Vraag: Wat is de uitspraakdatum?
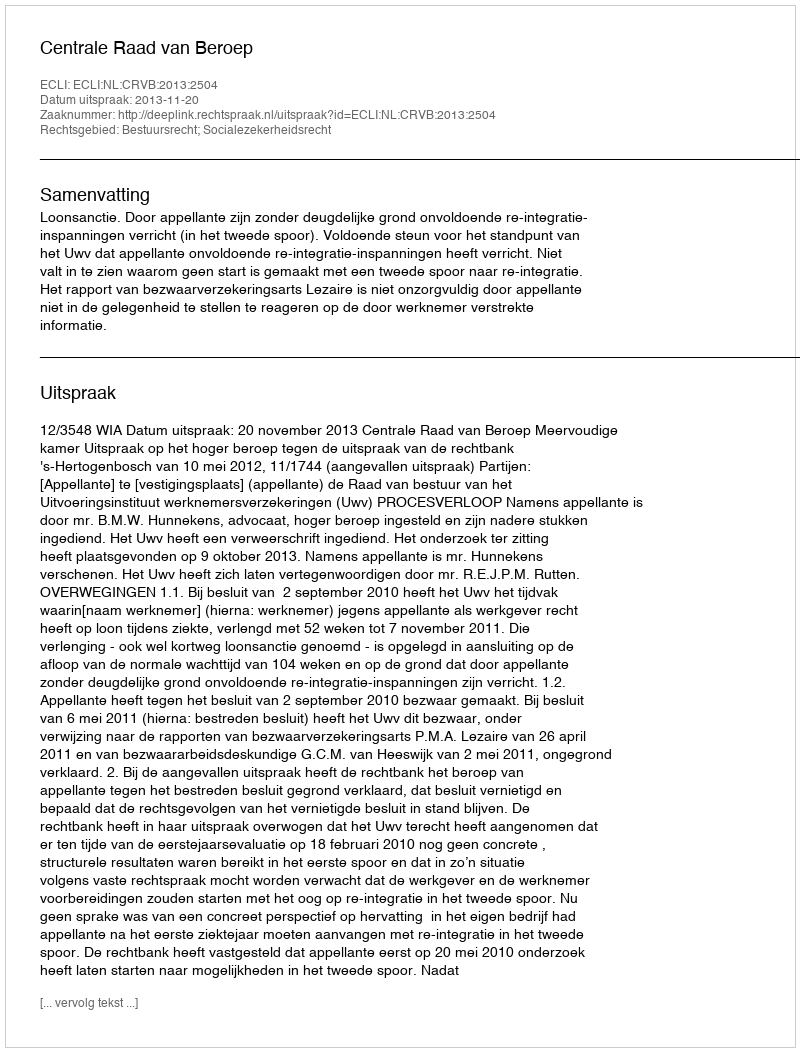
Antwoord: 2013-11-20